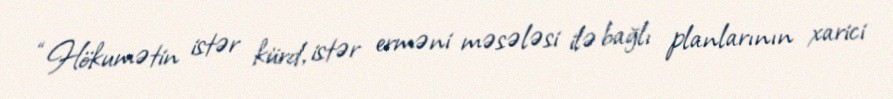
“Hökumətin istər kürd, istər erməni məsələsi ilə bağlı planlarının xarici